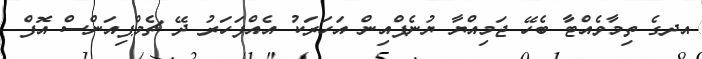
އދގެ ތިމާވެއްޓާ ބެހޭ ޖަމިއްޔާ ޔުނެޕްއިން އަހަރަކު އެއްފަހަރު ދޭ ޗެމްޕިއަންސް އޮފް